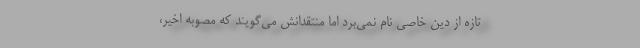
تازه از دین خاصی نام نمی‌برد اما منتقدانش می‌گویند که مصوّبهٔ اخیر،